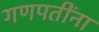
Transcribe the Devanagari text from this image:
गणपतींना